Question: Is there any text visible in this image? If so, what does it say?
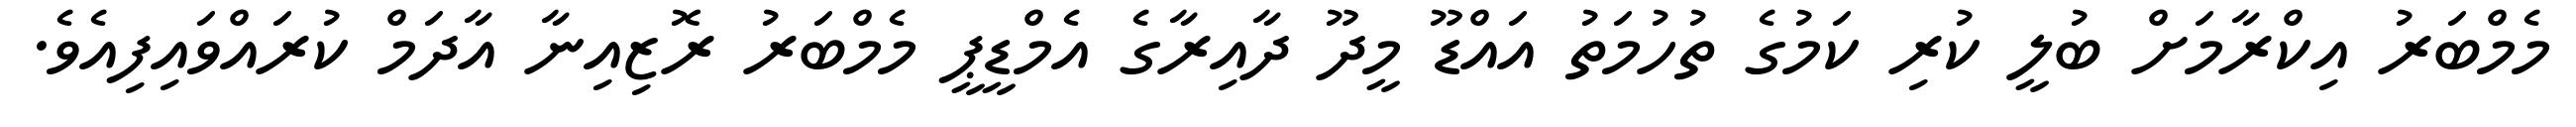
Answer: މެމްބަރު އިކްރާމަށް ބުލީ ކުރި ކަމުގެ ތުހުމަތު އައްޑޫ މީދޫ ދާއިރާގެ އެމްޑީޕީ މެމްބަރު ރޮޒިއިނާ އާދަމް ކުރައްވައިފިއެވެ.